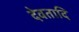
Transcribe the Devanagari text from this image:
देवतादि